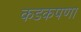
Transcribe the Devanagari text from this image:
कडकपणा